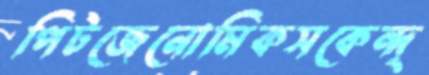
পিটজেনোমিকসকেন্দ্